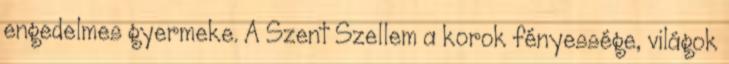
engedelmes gyermeke. A Szent Szellem a korok fényessége, világok